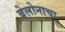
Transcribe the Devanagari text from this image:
बेलोनाचा